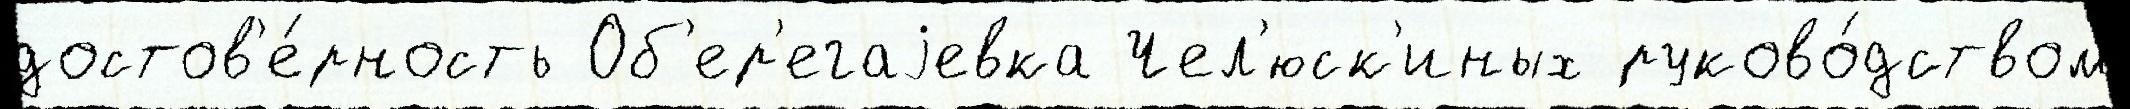
достов'е́рность Об'ер'егаjевка Чел'юск'иных руково́дством